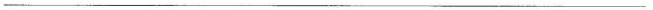
___